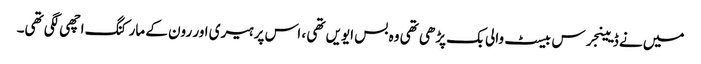
میں نے ڈیینجرس بیسٹ والی بک پڑھی تھی وہ بس ایویں تھی ، اس پر ہیری اور رون کے مارکنگ اچھی لگی تھی۔